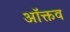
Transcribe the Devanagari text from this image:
ऑक्तव